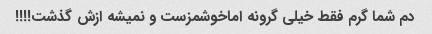
دم شما گرم فقط خیلی گرونه اماخوشمزست و نمیشه ازش گذشت!!!!